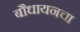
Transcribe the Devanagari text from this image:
बौधायनचा